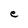
Character: e